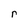
Character: r